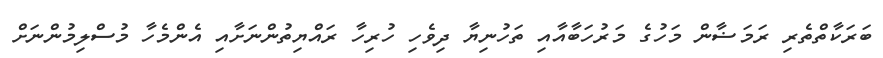
ބަރަކާތްތެރި ރަމަޟާން މަހުގެ މަރުހަބާއާއި ތަހުނިޔާ ދިވެހި ހުރިހާ ރައްޔިތުންނަށާއި އެންމެހާ މުސްލިމުންނަށް